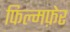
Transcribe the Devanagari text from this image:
फिल्मफ़ेर